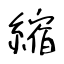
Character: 縮